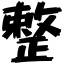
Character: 整